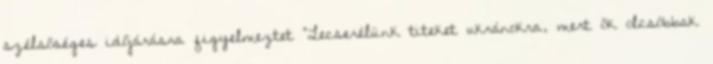
szélsőséges időjárásra figyelmeztet "Lecserélünk titeket ukránokra, mert ők olcsóbbak